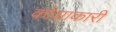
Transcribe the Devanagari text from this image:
कोशाकारी